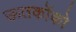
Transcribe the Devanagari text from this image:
ऊतकोंको